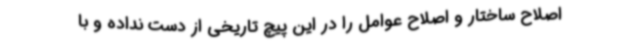
اصلاح ساختار و اصلاح عوامل را در این پیچ تاریخی از دست نداده و با